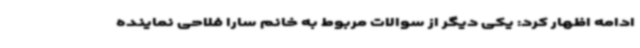
ادامه اظهار کرد: یکی دیگر از سوالات مربوط به خانم سارا فلاحی نماینده